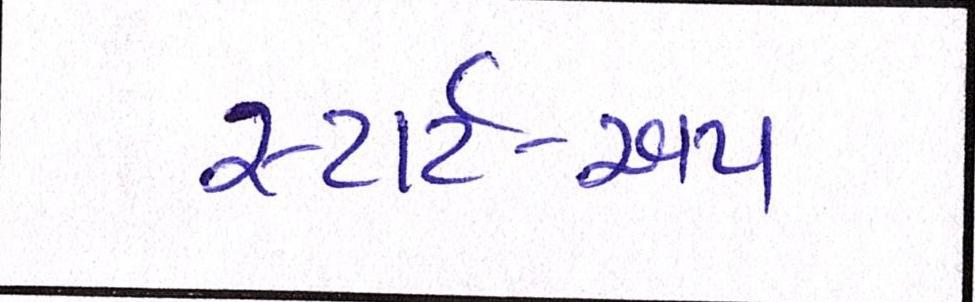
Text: સ્ટાર્ટ-અપ